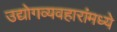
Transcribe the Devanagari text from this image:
उद्योगव्यवहारांमध्ये